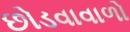
છોડવાવાળો